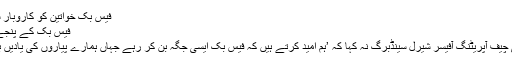
فیس بک خواتین کو کاروبار سکھائے گی
فیس بک کے پنجے کہاں کہاں
فیس بک کی چیف آپریٹنگ آفیسر شیرل سینڈبرگ نہ کہا کہ ’ہم امید کرتے ہیں کہ فیس بک ایسی جگہ بن کر رہے جہاں ہمارے پیاروں کی یادیں برقرار رہیں۔